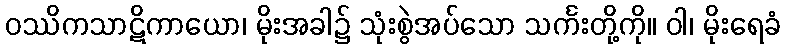
ဝဿိကသာဋိကာယော၊ မိုးအခါ၌ သုံးစွဲအပ်သော သင်္ကးတို့ကို။ ဝါ၊ မိုးရေခံ